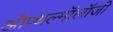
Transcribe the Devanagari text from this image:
ऑप्थल्मॉलॉजी